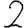
Digit: 2